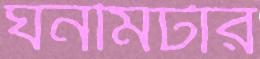
ঘনমিটার